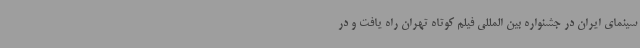
سینمای ایران در جشنواره بین المللی فیلم کوتاه تهران راه یافت و در